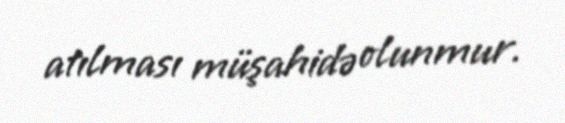
atılması müşahidə olunmur.